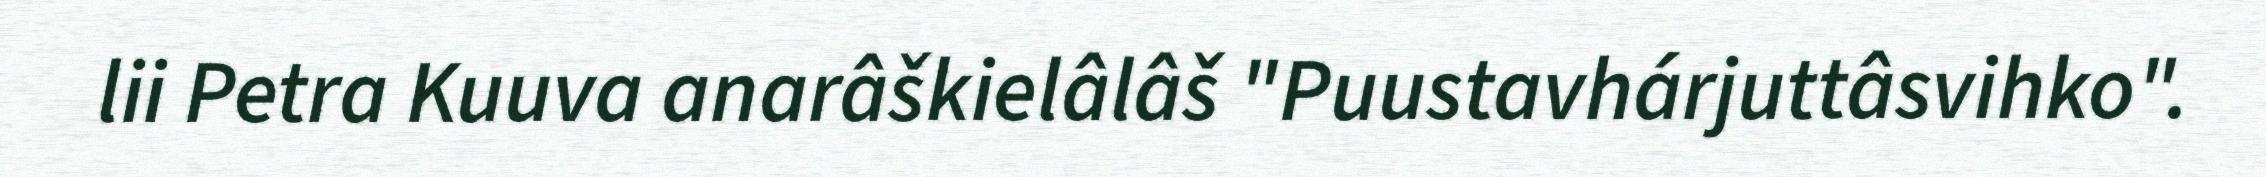
lii Petra Kuuva anarâškielâlâš "Puustavhárjuttâsvihko".